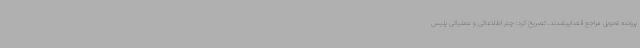
پرونده تحویل مراجع قضاییشدند، تصریح کرد: چتر اطلاعاتی و عملیاتی پلیس